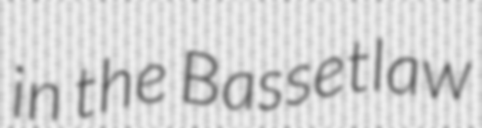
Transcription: in the Bassetlaw